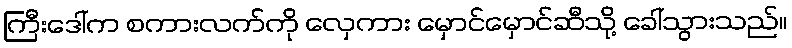
ကြီးဒေါ်က စကားလက်ကို လှေကား မှောင်မှောင်ဆီသို့ ခေါ်သွားသည်။